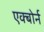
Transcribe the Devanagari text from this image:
एक्बोर्न